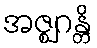
အဇ္ဈဂန္တိ